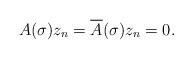
LaTeX: \begin{align*}A(\sigma)z_n=\overline{\mathstrut A}(\sigma)z_n=0.\end{align*}